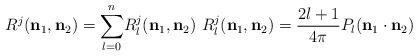
LaTeX: \begin{align*}R^{j}(\mathbf{n}_{1},\mathbf{n}_{2})=\displaystyle{\sum_{l=0}^{n}}R_{l}^{j}(\mathbf{n}_{1},\mathbf{n}_{2})\ R_{l}^{j}(\mathbf{n}_{1},\mathbf{n}_{2})=\frac{2l+1}{4\pi}P_{l}(\mathbf{n}_{1}\cdot\mathbf{n}_{2}) \end{align*}